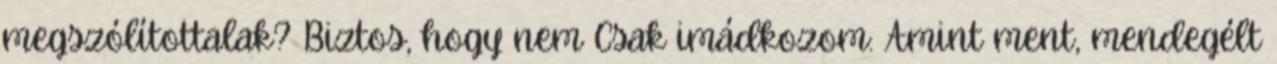
megszólítottalak? Biztos, hogy nem Csak imádkozom: Amint ment, mendegélt